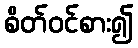
စိတ်ဝင်စား၍